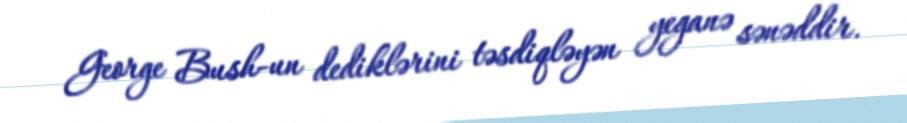
George Bush-un dediklərini təsdiqləyən yeganə sənəddir.